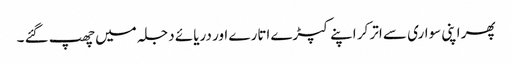
پھر اپنی سواری سے اتر کر اپنے کپڑے اتارے اور دریائے دجلہ میں چھپ گئے ۔